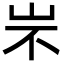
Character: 㞸